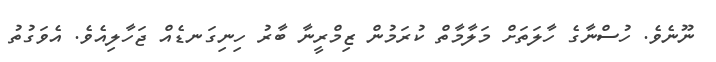
ނޫނެވެ. ހުސްނާގެ ހާލަތަށް މަލާމާތް ކުރަމުން ޒިމްރީނާ ބާރު ހިނިގަނޑެއް ޖަހާލިއެވެ. އެވަގުތު